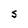
Character: s